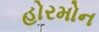
હોરમોન